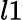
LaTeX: l1